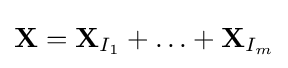
\mathbf {X} =\mathbf {X} _{I_{1}}+\ldots +\mathbf {X} _{I_{m}}